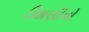
કિકાણીનો